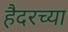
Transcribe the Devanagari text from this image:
हैदरच्या